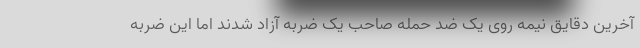
آخرین دقایق نیمه روی یک ضد حمله صاحب یک ضربه آزاد شدند اما این ضربه